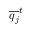
{ \overline { { q _ { j } } } ^ { t } }